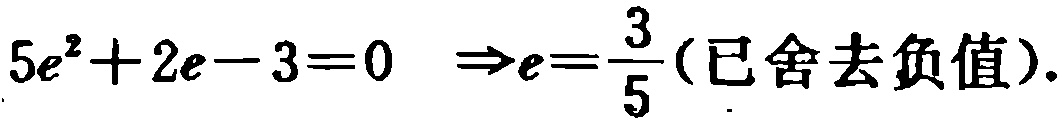
\(5e^{2}+2e - 3 = 0\Rightarrow e=\frac{3}{5}(\text{已舍去负值})\)